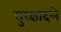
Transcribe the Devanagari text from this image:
सुरक्षादले